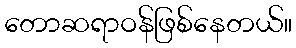
တောဆရာဝန်ဖြစ်နေတယ်။